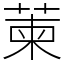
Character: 萰